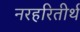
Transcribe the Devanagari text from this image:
नरहरितीर्थ